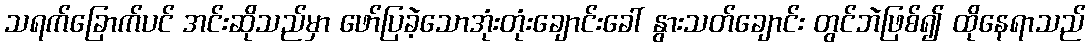
သရက်ခြောက်ပင် အင်းဆိုသည်မှာ ဖော်ပြခဲ့သောအုံးတုံးချောင်းခေါ် နွားသတ်ချောင်း တွင်ဘဲဖြစ်၍ ထိုနေရာသည်